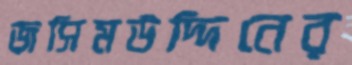
জসিমউদ্দিনের